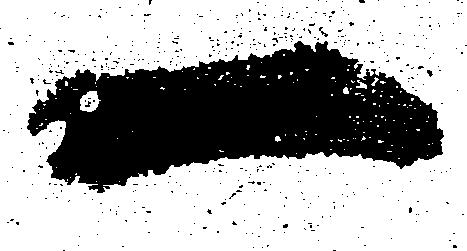
一